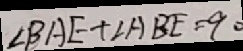
\angle B A E + \angle A B E = 9 0